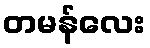
တမန်လေး